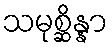
သမုစ္ဆိန္နာ